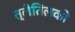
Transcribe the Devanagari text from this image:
त्लेतिलको